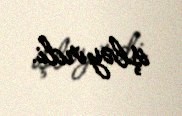
işləyirdi.